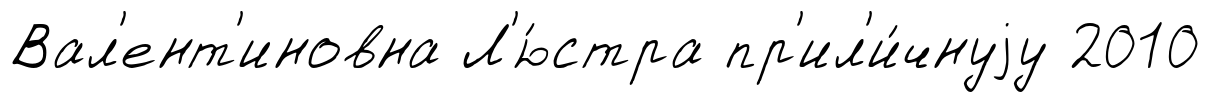
Вал'ент'иновна Л'ю́стра пр'ил'и́чнуjу 2010